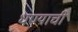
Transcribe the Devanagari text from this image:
धण्याची